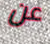
عن